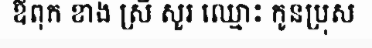
ឪពុក ខាង ស្រី សួរ ឈ្មោះ កូនប្រុស